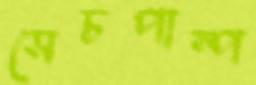
সেচপাস্প